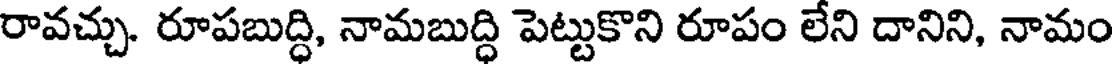
రావచ్చు. రూపబుద్ధి, నామబుద్ధి పెట్టుకొని రూపం లేని దానిని, నామం